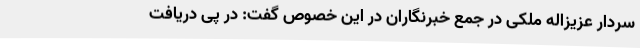
سردار عزیزاله ملکی در جمع خبرنگاران در این خصوص گفت: در پی دریافت